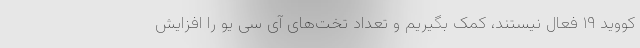
کووید ۱۹ فعال نیستند، کمک بگیریم و تعداد تخت‌های آی سی یو را افزایش